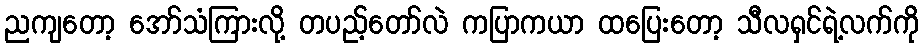
ညကျတော့ အော်သံကြားလို့ တပည့်တော်လဲ ကပြာကယာ ထပြေးတော့ သီလရှင်ရဲ့လက်ကို